Lunatic asylums Madras 1877-1891 - 1877-1891
Year: 1877
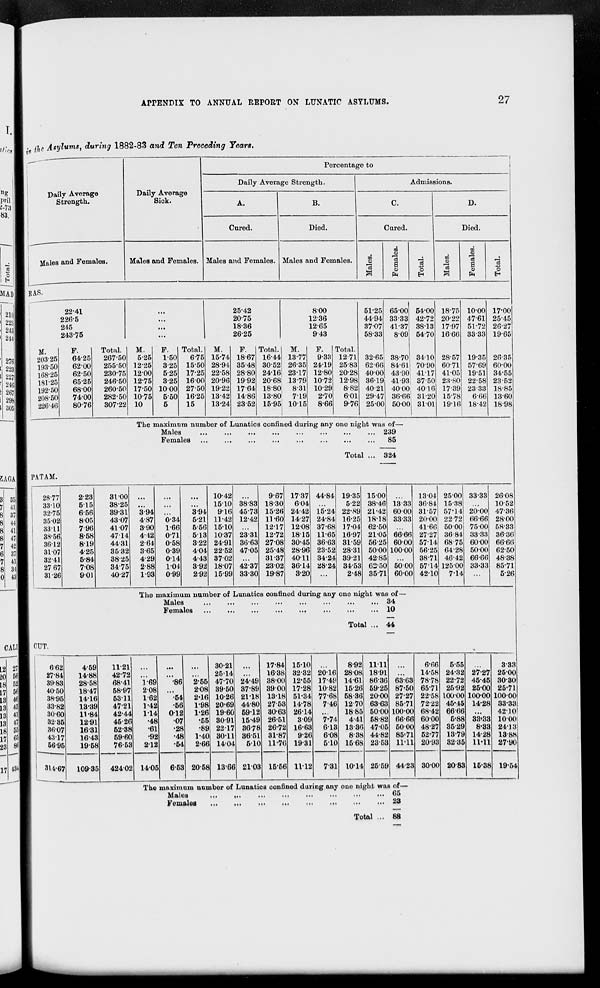
APPENDIX TO ANNUAL REPORT ON LUNATIC ASYLUMS.
27
in the Asylums, during 1882-83 and Ten Preceding Years.
Daily Average
Strength.
Males and Females.
Daily Average
Sick.
Males and Females.
Percentage to
Daily Average Strength.
A.
Cured.
Males and Females.
B.
Died.
Males and Females.
Admissions.
C.
Cured.
Males.
Females.
Total.
D.
Died.
Males.
Females.
Total.
RAS.
22.41
226.5
24.5
243.75
M.
203.25
193.50
168.25
181.25
192.50
208.50
226.46
F.
64.25
62.00
62.50
65.25
68.00
74.00
80.76
Total.
267.50
255.50
230.75
246.50
260.50
282.50
307.22
...
...
...
...
M.
5.25
12.25
12.00
12.75
17.50
10.75
10
F.
1.50
3.25
5.25
3.25
10.00
5.50
5
Total.
6.75
15.50
17.25
16.00
27.50
16.25
15
25.42
20.75
18.36
26.25
M.
15.74
28.94
22.58
20.96
19.22
13.42
13.24
F.
18.67
35.48
28.80
19.92
17.64
14.86
23.52
Total.
16.44
30.52
24.16
20.68
18.80
13.80
15.95
8.00
12.36
12.65
9.43
M.
13.77
26.35
23.17
13.79
8.31
7.19
10.15
F.
9.33
24.19
12.80
10.72
10.29
2.70
8.66
Total.
12.71
25.83
20.28
12.98
8.82
6.01
9.76
51.25
44.94
37.07
58.33
32.65
62.66
40.00
36.19
40.21
29.47
25.00
65.00
33.33
41.37
8.09
38.70
84.61
43.90
41.93
40.00
36.66
50.00
54.00
42.72
38.13
54.70
34.10
70.90
41.17
37.50
40.16
31.20
31.01
18.75
20.22
17.97
16.66
28.57
60.71
41.05
23.80
17.39
15.78
19.16
10.00
47.61
51.72
33.33
19.35
57.69
19.51
22.58
23.33
6.66
18.42
17.00
25.45
26.27
19.65
26.35
60.00
34.55
23.52
18.85
13.60
18.98
The maximum number of Lunatics confined during any one night was of—
Males
...
...
...
...
... ... ... ...
Females ... ... ... ... ... ... ... ...
Total ...
239
85
324
PATAM.
28.77
33.10
32.75
35.02
33.11
38.56
36.12
31.07
32.41
27.67
31.26
2.23
5.15
6.56
8.05
7.96
8.58
8.19
4.25
5.84
7.08
9.01
31.00
38.25
39.31
43.07
41.07
47.14
44.31
35.32
38.25
34.75
40.27
...
...
3.94
4.87
3.90
4.42
2.64
3.65
4.29
2.88
1.93
...
...
...
0.34
1.66
0.71
0.58
0.39
0.14
1.04
0.99
...
...
3.94
5.21
5.56
5.13
3.22
4.04
4.43
3.92
2.92
10.42
15.10
9.16
11.42
15.10
10.37
24.91
22.52
37.02
18.07
15.99
...
38.83
45.73
12.42
...
23.31
36.63
47.05
...
42.37
33.30
9.67
18.30
15.26
11.60
12.17
12.72
27.08
25.48
31.37
23.02
19.87
17.37
6.04
24.42
14.27
12.08
18.15
30.45
28.96
40.11
36.14
3.20
44.84
...
15.24
24.84
37.68
11.65
36.63
23.52
34.24
28.24
...
19.35
5.22
22.89
16.25
17.04
16.97
31.59
28.31
39.21
34.53
2.48
15.00
38.46
21.42
18.18
62.50
21.05
56.25
50.00
42.85
62.50
35.71
...
13.33
60.00
33.33
...
66.66
60.00
100.00
...
50.00
60.00
13.04
36.84
31.57
20.00
41.66
27.27
57.14
56.25
38.71
57.14
42.10
25.00
15.38
57.14
22.72
50.00
36.84
68.75
64.28
46.42
125.00
7.14
33.33
...
20.00
66.66
75.00
33.33
60.00
50.00
66.66
33.33
...
26.08
10.52
47.36
28.00
58.33
36.36
66.66
62.50
48.38
85.71
5.26
The maximum number of Lunatics confined during any one night was of—
Males ... ... ... ... ... ... ... ...
Females ... ... ... ... ... ... ... ...
Total ...
34
10
44
CUT.
6.62
27.84
39.83
40.50
38.95
33.82
30.60
32.35
36.07
43.17
56.95
314.67
4.59
14.88
28.58
18.47
14.16
13.39
11.84
12.91
16.31
16.43
19.58
109.35
11.21
42.72
68.41
58.97
53.11
47.21
42.44
45.26
52.38
59.60
76.53
424.02
...
...
1.69
2.08
1.62
1.42
1.14
.48
.61
.92
2.12
14.05
...
...
.86
...
.54
.56
0.12
.07
.28
.48
.54
6.53
...
...
2.55
2.08
2.16
1.98
1.26
.55
.89
1.40
2.60
20.58
30.21
25.14
47.70
39.50
10.26
20.69
19.60
30.91
22.17
30.11
14.04
13.66
...
...
24.49
37.89
21.18
44.80
59.12
15.49
36.78
36.51
5.10
21.03
17.84
16.38
38.00
39.00
13.18
27.53
30.63
26.51
26.72
31.87
11.76
15.56
15.10
32.32
12.55
17.28
51.34
14.78
26.14
3.09
16.63
9.26
19.31
11.12
...
20.16
17.49
10.82
77.68
7.46
...
7.74
6.13
6.08
5.10
7.31
8.92
28.08
14.61
15.26
58.36
12.70
18.85
4.41
13.36
8.38
15.68
10.14
11.11
18.91
86.36
59.25
20.00
63.63
50.00
58.82
47.05
44.82
23.53
25.59
...
...
63.63
87.50
27.27
85.71
100.00
66.66
50.00
85.71
11.11
44.23
6.66
14.58
78.78
65.71
22.58
72.22
68.42
60.00
48.27
52.77
20.93
30.00
5.55
24.32
22.72
25.92
100.00
45.45
66.66
5.88
35.29
13.79
32.35
20.83
...
27.27
45.45
25.00
100.00
14.28
...
33.33
8.33
14.28
11.11
15.38
3.33
25.00
30.30
25.71
100.00
33.33
42.10
10.00
24.13
13.88
27.90
19.54
The maximum number of Lunatics confined during any one night was of—
Males
...
...
...
...
...
...
...
...
Females
...
...
...
...
...
...
...
...
Total ...
65
23
88